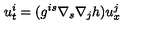
u _ { t } ^ { i } = ( g ^ { i s } \nabla _ { s } \nabla _ { j } h ) u _ { x } ^ { j }